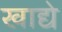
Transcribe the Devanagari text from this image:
खाद्ये